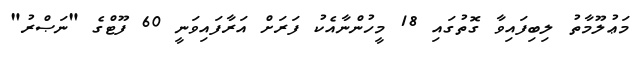
މަޢުލޫމާތު ލިބިފައިވާ ގޮތުގައި 18 މީހުންނާއެކު ފަރަށް އަރާފައިވަނީ 60 ފޫޓްގެ "ނަޞްރު"